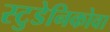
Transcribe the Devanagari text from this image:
स्टुडेनिकोवा